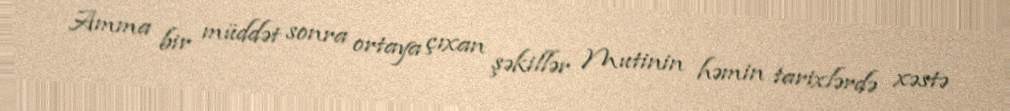
Amma bir müddət sonra ortaya çıxan şəkillər Mutinin həmin tarixlərdə xəstə